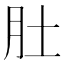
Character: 肚